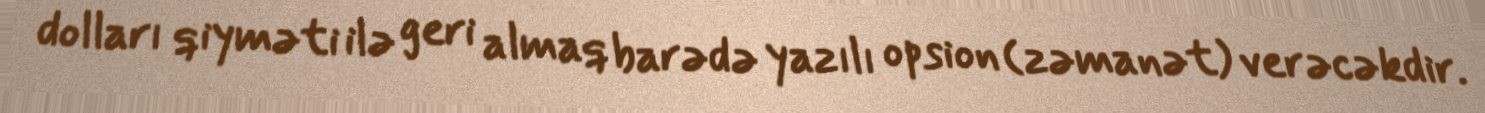
dolları qiyməti ilə geri almaq barədə yazılı opsion (zəmanət) verəcəkdir.